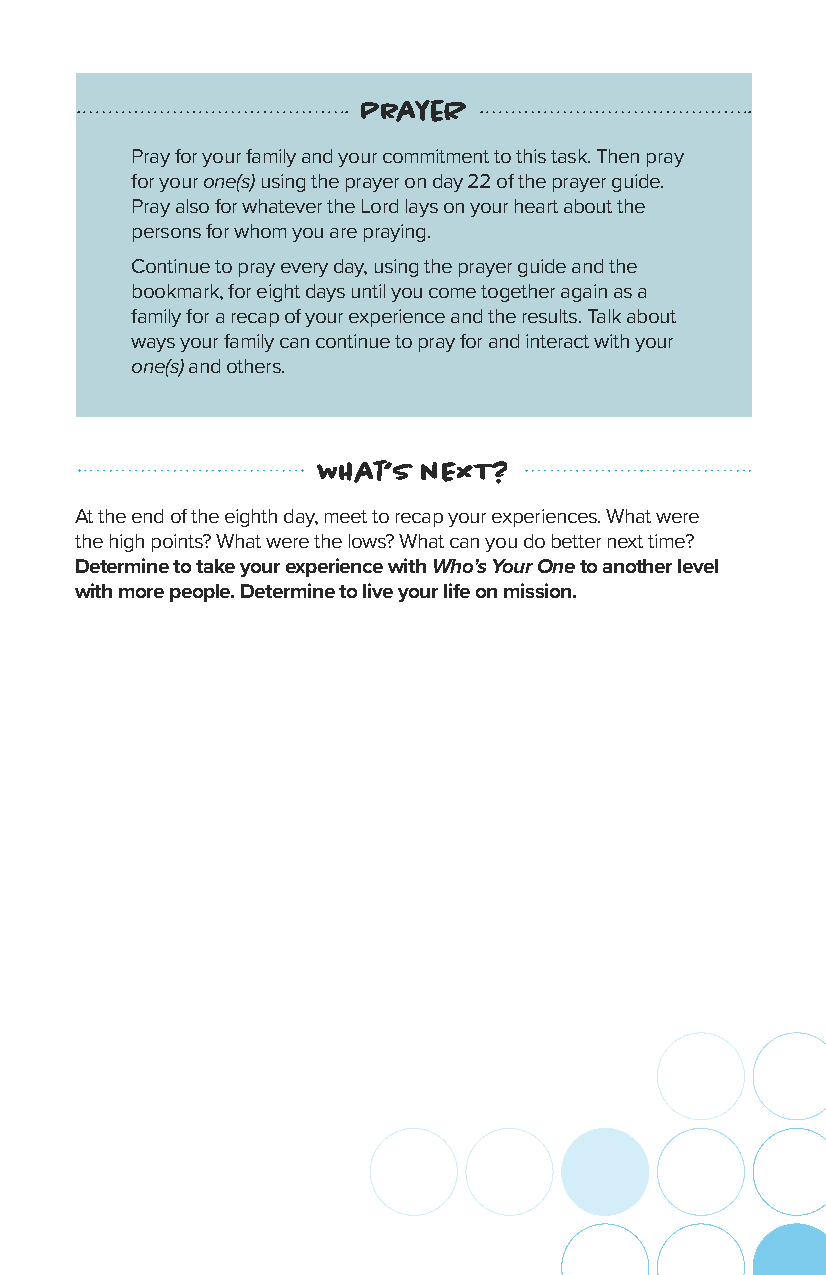
PrayeR
 Pray for your family and your commitment to this task. Then pray
 for your one(s) using the prayer on day 22 of the prayer guide.
 Pray also for whatever the Lord lays on your heart about the
 persons for whom you are praying.
 Continue to pray every day, using the prayer guide and the
 bookmark, for eight days until you come together again as a
 family for a recap of your experience and the results. Talk about
 ways your family can continue to pray for and interact with your
 one(s) and others.
 WHat’s nExT?
 At the end of the eighth day, meet to recap your experiences. What were
 the high points? What were the lows? What can you do better next time?
 Determine to take your experience with Who’s Your One to another level
 with more people. Determine to live your life on mission.